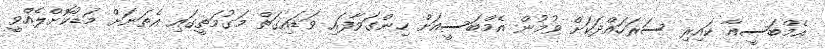
އެމްބަސީއާ ކައިރި ސަރަހައްދަކަށް ވުމުން އެމްބަސީއަށް ހިންގަވާފައި ވަޑައިގަތް މަގުމަތީގައި އެތަނަށް މަޑުކޮށްލެއްވީ